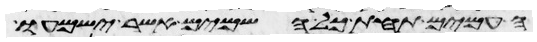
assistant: העמים תחת כל השמים אשר ישמעו